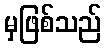
မှဖြစ်သည်